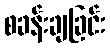
စခန်းချခြင်း